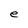
Character: e